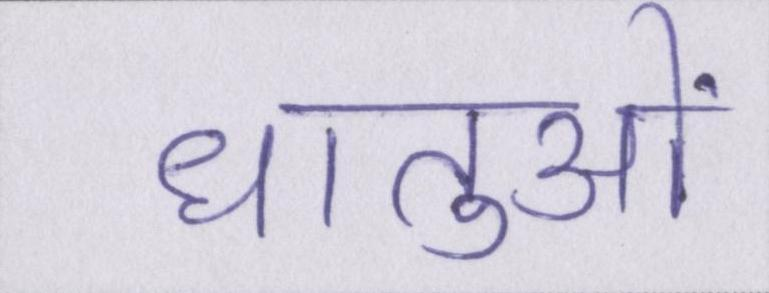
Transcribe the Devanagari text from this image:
धातुओं